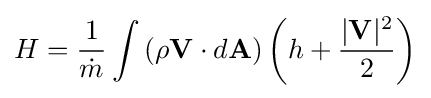
H={1 \over {\dot {m}}}\int \left({\rho \mathbf {V} \cdot d\mathbf {A} }\right)\left(h+{|\mathbf {V} |^{2} \over 2}\right)